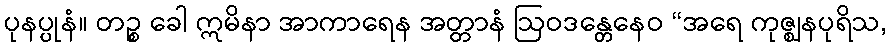
ပုနပ္ပုနံ။ တဉ္စ ခေါ ဣမိနာ အာကာရေန အတ္တာနံ ဩဝဒန္တေနေဝ “အရေ ကုဇ္ဈနပုရိသ,